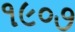
૧૯૦૭